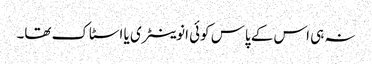
نہ ہی اس کے پاس کوئی انوینٹری یا اسٹاک تھا۔